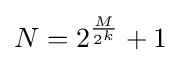
N=2^{\frac {M}{2^{k}}}+1